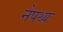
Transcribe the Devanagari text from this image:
नेपथ्यः